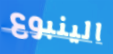
الينبوع